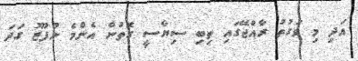
އަދި މި ވަގުތު ރާއްޖޭގައި ތިބި ސިޔާސީ ގޮތުން އެންމެ ނުފޫޒު ގަދަ